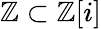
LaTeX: \mathbb{Z}\subset\mathbb{Z}[i]